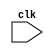
module behavioral_modeling_block (
    input wire clk,
    // other input and output ports here
);

// Define any internal signals or variables here

always @(posedge clk, negedge clk)
begin
    // Define the behavior of the block here
end

// Define any additional logic for the block here

endmodule